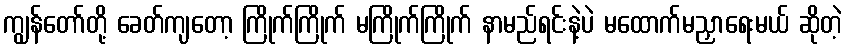
ကျွန်တော်တို့ ခေတ်ကျတော့ ကြိုက်ကြိုက် မကြိုက်ကြိုက် နာမည်ရင်းနဲ့ပဲ မထောက်မညှာရေးမယ် ဆိုတဲ့